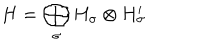
LaTeX: H = \bigoplus _ { \sigma } H _ { \sigma } \otimes H _ { \sigma } ^ { \prime }